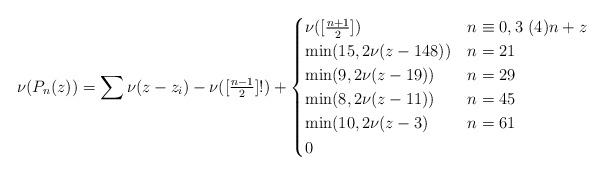
LaTeX: \begin{align*}\nu(P_n(z))=\sum\nu(z-z_i)-\nu([\tfrac{n-1}2]!)+\begin{cases}\nu([\tfrac{n+1}2])&n\equiv0,3\ (4)n+z\\\min(15,2\nu(z-148))&n=21\\\min(9,2\nu(z-19))&n=29\\\min(8,2\nu(z-11))&n=45\\\min(10,2\nu(z-3)&n=61\\0&\end{cases}\end{align*}